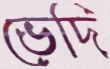
ভেদি